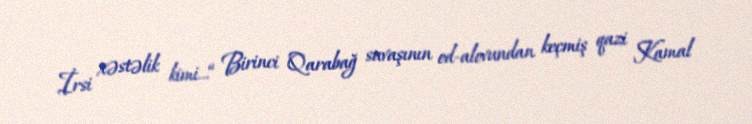
İrsi xəstəlik kimi...“ Birinci Qarabağ savaşının od-alovundan keçmiş qazi Kamal